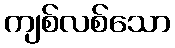
ကျစ်လစ်သော